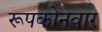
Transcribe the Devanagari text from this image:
रूपकोनवार